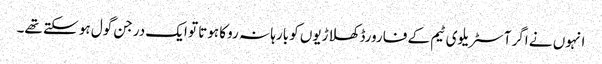
انہوں نے اگر آسٹریلوی ٹیم کے فارورڈ کھلاڑیوں کو بارہا نہ روکا ہوتا تو ایک درجن گول ہو سکتے تھے۔